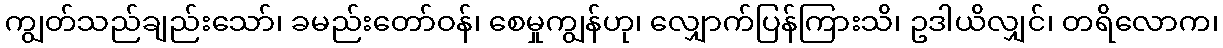
ကျွတ်သည်ချည်းသော်၊ ခမည်းတော်ဝန်၊ စေမှုကျွန်ဟု၊ လျှောက်ပြန်ကြားသိ၊ ဥဒါယိလျှင်၊ တရိလောက၊